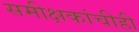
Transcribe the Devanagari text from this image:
समीक्षकांचीही